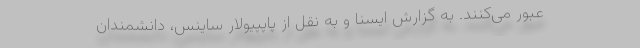
عبور می‌کنند. به گزارش ایسنا و به نقل از پاپپیولار ساینس، دانشمندان